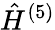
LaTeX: \hat{H}^{(5)}